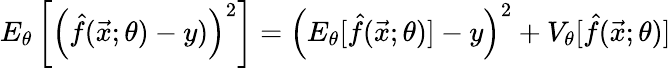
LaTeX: E_{\theta}\left[\left(\hat{f}(\vec{x};\theta)-y)\right)^{2}\right]=\left(E_{\theta}[\hat{f}(\vec{x};\theta)]-y\right)^{2}+V_{\theta}[\hat{f}(\vec{x};\theta)]